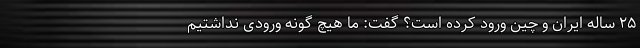
۲۵ ساله ایران و چین ورود کرده است؟ گفت: ما هیچ گونه ورودی نداشتیم